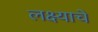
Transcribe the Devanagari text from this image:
लक्ष्याचे